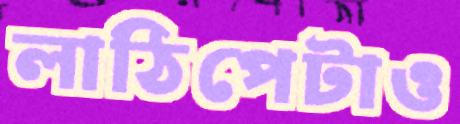
লাঠিপেটাও